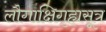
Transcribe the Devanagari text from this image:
लौगाक्षिगृह्यसूत्र